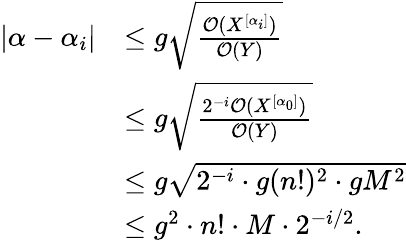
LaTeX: \begin{array}{rl}{|\alpha-\alpha_{i}|}&{\leq g\sqrt{\frac{\mathcal{O}(X^{[\alpha_{i}]})}{\mathcal{O}(Y)}}}\\ &{\leq g\sqrt{\frac{2^{-i}\mathcal{O}(X^{[\alpha_{0}]})}{\mathcal{O}(Y)}}}\\ &{\leq g\sqrt{2^{-i}\cdot g(n!)^{2}\cdot gM^{2}}}\\ &{\leq g^{2}\cdot n!\cdot M\cdot 2^{-i/2}.}\end{array}